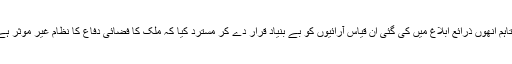
’’تاہم اُنھوں ذرائع ابلاغ میں کی گئی اُن قیاس آرائیوں کو بے بنیاد قرار دے کر مسترد کیا کہ ملک کا فضائی دفاع کا نظام غیر موثر ہے۔